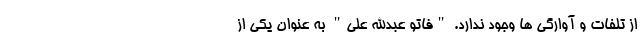
از تلفات و آوارگی ها وجود ندارد. "فاتو عبدالله علی" به عنوان یکی از